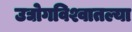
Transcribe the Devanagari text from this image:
उद्योगविश्वातल्या